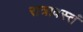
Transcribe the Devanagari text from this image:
रात्रावस्तं